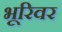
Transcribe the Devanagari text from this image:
भूरिवर